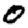
Digit: 0